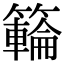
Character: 𥶡